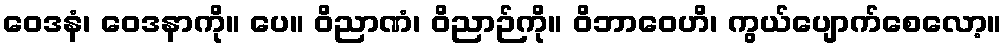
ဝေဒနံ၊ ဝေဒနာကို။ ပေ။ ဝိညာဏံ၊ ဝိညာဉ်ကို။ ဝိဘာဝေဟိ၊ ကွယ်ပျောက်စေလော့။